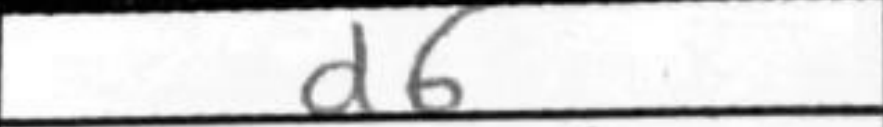
Transcription: d6